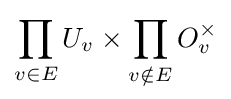
\prod _{v\in E}U_{v}\times \prod _{v\notin E}O_{v}^{\times }